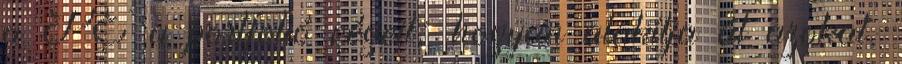
a PE a portfolió cégeit; hogyan alakítja át azokat,